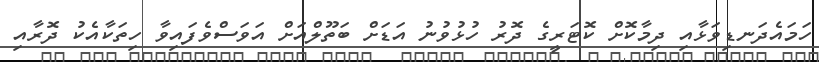
ހަމައެދަނޑިވަޅާއި ދިމާކޮށް ކޮޓަރީގެ ދޮރު ހުޅުވުނު އަޑަށް ބަތޫލްއަށް އަވަސްވެފައިވާ ހިތަކާއެކު ދޮރާއި